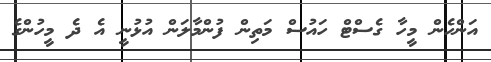
އަންހެން މީހާ ގެސްޓް ހައުސް މަތިން ފުންމާލަން އުޅުނީ އެ ދެ މީހުންގެ